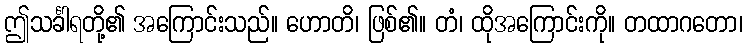
ဤသင်္ခါရတို့၏ အကြောင်းသည်။ ဟောတိ၊ ဖြစ်၏။ တံ၊ ထိုအကြောင်းကို။ တထာဂတော၊